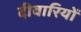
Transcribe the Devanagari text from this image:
दीवारियों